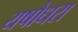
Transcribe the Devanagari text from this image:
यषोधरा